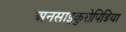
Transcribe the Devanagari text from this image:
अनसाइकुरोपिडिया